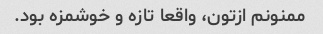
ممنونم ازتون، واقعا تازه و خوشمزه بود.